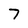
Character: 7